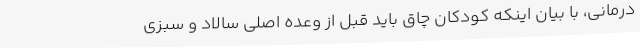
درمانی، با بیان اینکه کودکان چاق باید قبل از وعده اصلی سالاد و سبزی